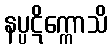
နပ္ပဋိက္ကောသိ